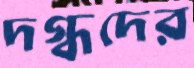
দগ্ধদের